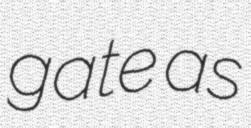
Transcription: gate as